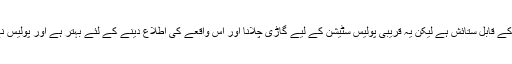
یہ کسی کو مدد کے لئے ہاتھ اٹھانے کے قابل ستائش ہے لیکن یہ قریبی پولیس سٹیشن کے لیے گاڑی چلانا اور اس واقعے کی اطلاع دینے کے لئے بہتر ہے اور پولیس نے پھر جائیں اور مدد کر سکتے ہیں ۔